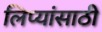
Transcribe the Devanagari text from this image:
लिप्यांसाठी